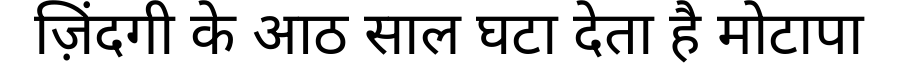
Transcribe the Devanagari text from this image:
ज़िंदगी के आठ साल घटा देता है मोटापा